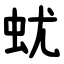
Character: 蚘